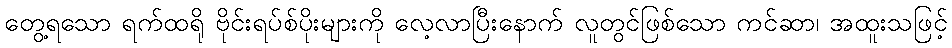
တွေ့ရသော ရက်ထရို ဗိုင်းရပ်စ်ပိုးများကို လေ့လာပြီးနောက် လူတွင်ဖြစ်သော ကင်ဆာ၊ အထူးသဖြင့်